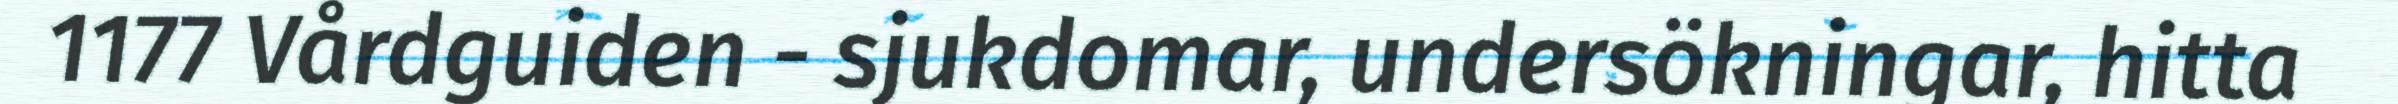
1177 Vårdguiden - sjukdomar, undersökningar, hitta